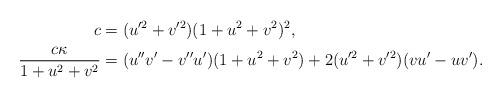
LaTeX: \begin{align*}c &=(u'^2+v'^2)(1+u^2+v^2)^2, \\\frac{c \kappa}{1+u^2+v^2}&=(u''v'-v''u')(1+u^2+v^2)+2(u'^2+v'^2)(vu'-uv').\end{align*}